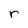
Character: r